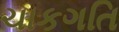
ચાકગતિ